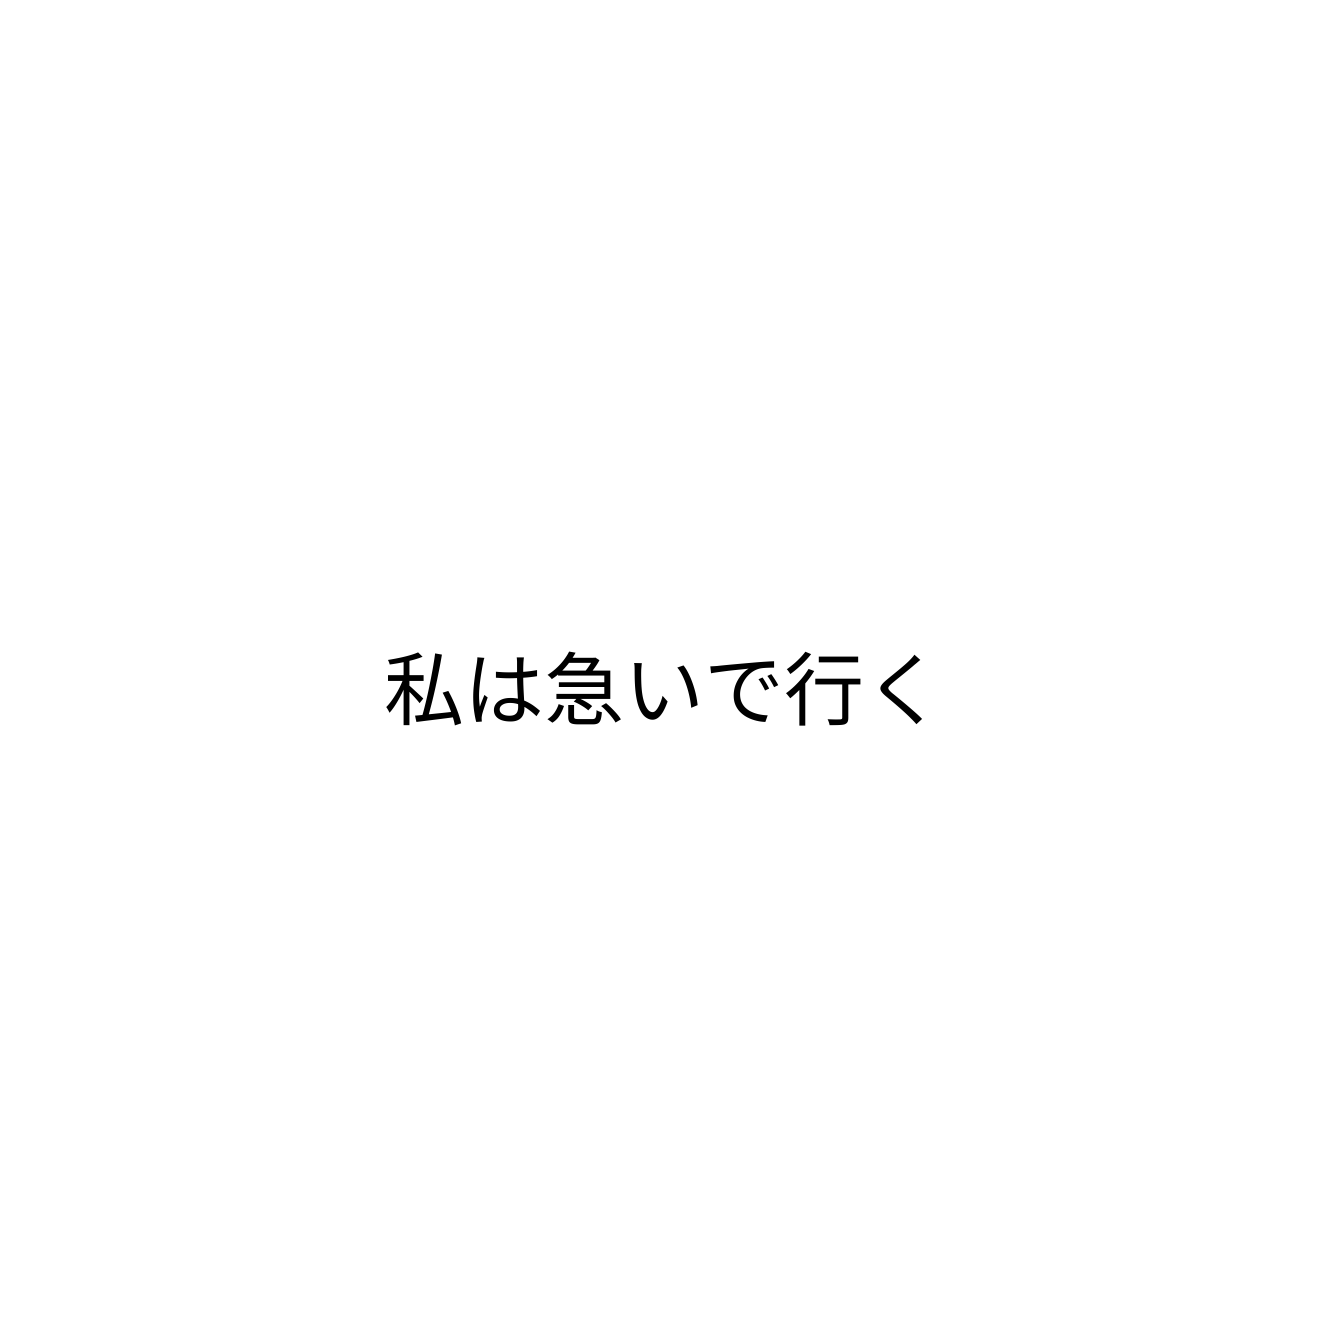
私は急いで行く